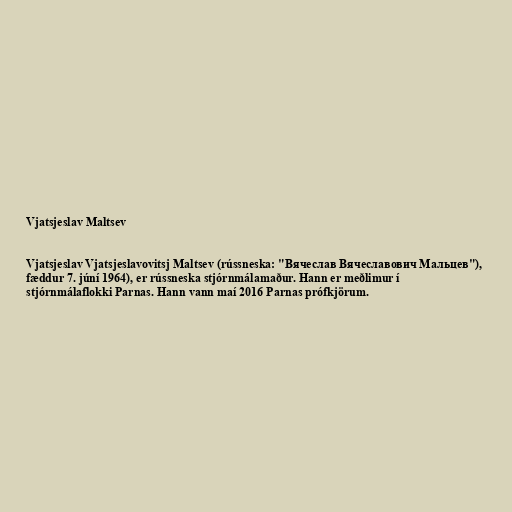
Vjatsjeslav Maltsev

Vjatsjeslav Vjatsjeslavovitsj Maltsev (rússneska: "Вячеслав Вячеславович Мальцев"),
fæddur 7. júní 1964), er rússneska stjórnmálamaður. Hann er meðlimur í
stjórnmálaflokki Parnas. Hann vann maí 2016 Parnas prófkjörum.